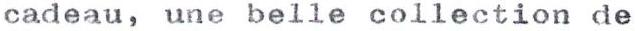
cadeau, une belle collection de